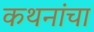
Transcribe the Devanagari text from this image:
कथनांचा